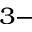
^ { 3 - }